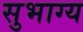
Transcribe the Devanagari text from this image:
सुभाग्य